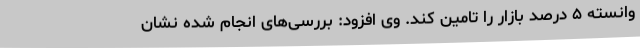
وانسته ۵ درصد بازار را تامین کند. وی افزود: بررسی‌های انجام شده نشان